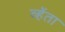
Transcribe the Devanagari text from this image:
व्हेंता